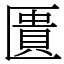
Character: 匱